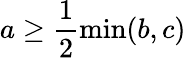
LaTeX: a\ge\frac 12\operatorname*{min}(b,c)